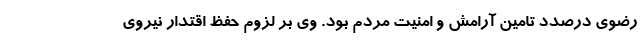
رضوی درصدد تامین آرامش و امنیت مردم بود. وی بر لزوم حفظ اقتدار نیروی